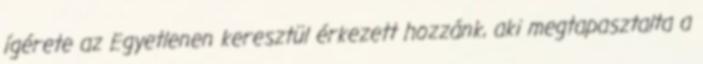
ígérete az Egyetlenen keresztül érkezett hozzánk, aki megtapasztalta a